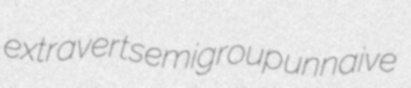
extravert semigroup unnaive